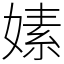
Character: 嫊